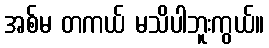
အစ်မ တကယ် မသိပါဘူးကွယ်။